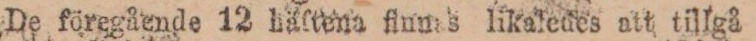
De föregående 12 häftena finnes likaledes att tillgå å